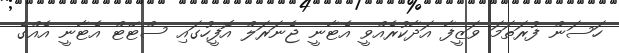
ހަސަން ފުރަތަމަ ވަޒީފާ އަދާކުރެއްވީ އެޓާނީ ޖެނަރަލް އޮފީހުގައި ސްޓޭޓް އެޓާނީ އެއްގެ